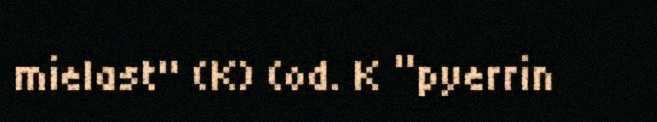
mielast" (K) (od. K “pyerrin